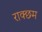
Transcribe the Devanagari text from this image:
राक्छम